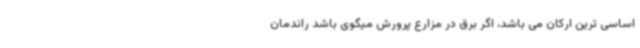
اساسی ترین ارکان می باشد، اگر برق در مزارع پرورش میگوی باشد راندمان